Calcutta medical institutions reports 1871-78
Year: 1871
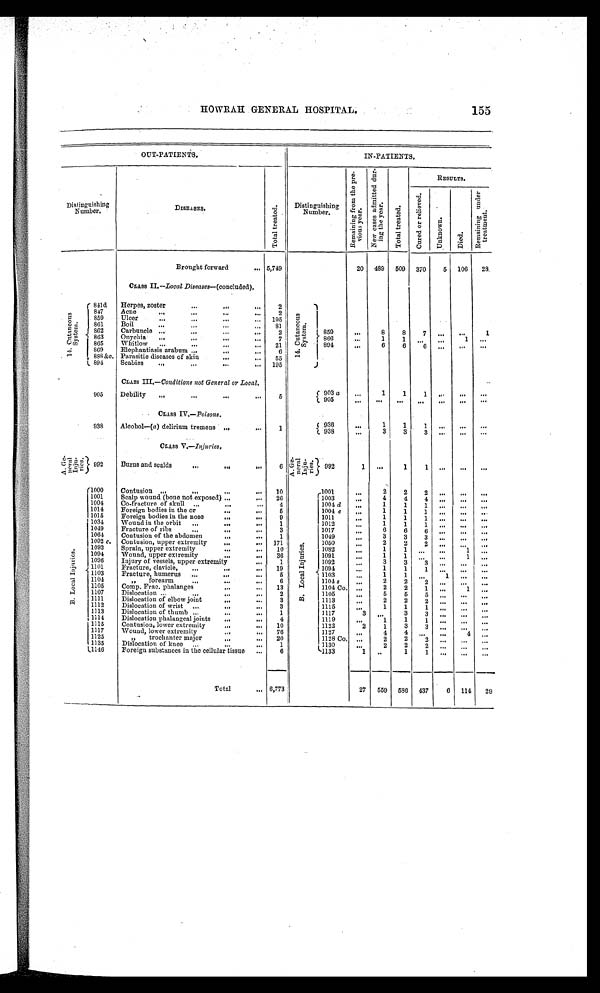
HOWRAH GENERAL HOSPITAL.
155
OUT-PATIENTS.
IN-PATIENTS.
Distinguishing
Number.
DISEASES.
T o t a l t r e a t e d .
Distinguishing
Number.
R e m a i n i n g f r o m t h e p r e -
vi ous year .
N e w c a s e s a d m i t t e d d u r -
i n g t h e y e a r . T o t a l t r e a t e d .
RESULTS.
C u r e d o r r e l i e v e d .
Un k n o wn .
Di ed.
R e m a i n i n g u n d e r
t r e a t me nt .
Brought forward
5,749
20 489 509 370
5 106
28
Crass II.—Local Diseases—(concluded).
1 4 . Cu t a n e o u s
Syst em.
841d
Herpes, zoster
2
1 4 . C u t a n e o u s
Sys t e m.
859
...
8
8
7 ...
...
1
847
Acne
2
859
Ulcer
195
861
Boil
81
862
Carbuncle
2
863
Onychia
7
866
...
1
1 ...
...
1
. . .
865
Whitlow
21
894
...
6
6
6
...
. . .
. . .
869
Elephantiasis arabum
6
888 &c. Parasitic diseases of skin
55
894
Scabies
195
CLASS III.— Conditions not General or Local.
905
Debility
5
903 a
...
1
1
1 ...
. . .
. . .
905
...
. . .
. . .
. . .
...
. . .
. . .
CLASS IV.— Poisons.
938
Alcohol-(a) delirium tremens
1
936
...
1
1 1
...
. . .
. . .
938
...
3
3 3
...
. . .
. . .
CLASS V.—Injuries.
A.Ge- neral Inju- ries.
992
Burns and scalds
6
A.Ge- neral Inju- ries.
992
1 ...
1
1 ...
. . .
. . .
B . L o c a l I n j u r i e s .
1000
Contusion
10
B . L o c a l I n j u r i e s .
1001
...
2
2
2 ...
...
. . .
1001
Scalp wound (bone not exposed)
26
1003
...
4
4
4 ...
. . .
. . .
1004
Co-fracture of skull
4
1004 d
...
1
1
1 ...
. . .
. . .
1014
Foreign bodies in the or
5
1004 e
...
1
1
1
...
...
. . .
1015
Foreign bodies in the nose
9
1011
...
1
1
1 ...
. . .
. . .
1034
Wound in the orbit
1
1012
...
1
1
1 ...
. . .
. . .
1049
Fracture of ribs
3
1017
...
6
6
6 ...
...
...
1064
Contusion of the abdomen
1
1049
...
3
3
3 ...
...
. . .
1092 c. Contusion, upper extremity
171
1050
...
2
2
2 ...
. . .
. . .
1093
Sprain, upper extremity
10
1082
...
1
1 ...
...
1
. . .
1094
Wound, upper extremity
36
1091
...
1
1
. . .
...
1
. . .
1096
Injury of vessels, upper extremity
1
1092
...
3
3
3 ...
. . .
. . .
1101
Fracture, clavicle,
19
1094
...
1
1
1 ...
. . .
. . .
1103
Fracture, humerus
5
1103
...
1
1
. . . 1
. . .
. . .
1104
, , f o r e a r m
6
1104 s
...
2
2
2 ...
...
...
1105
Comp. Frac. phalanges
13
1104 Co ...
2
2
1 ...
1
...
1107
Dislocation
2
1105
...
5
5
5 ...
. . .
. . .
1111
Dislocation of elbow joint
3
1113
...
2
2
2 ...
. . .
. . .
1112
Dislocation of wrist
3
1115
...
1
1
1 ...
. . . . . .
1113
Dislocation of thumb
1
1117
3
. . .
3
3 ...
. . .
. . .
1114
Dislocation phalaugeal joints
4
1119
...
1
1
1 ...
. . .
. . .
1115
Contusion, lower extremity
10
1122
2
1
3
3 ...
. . .
. . .
1117
Wound, lower extremity
76
1127
...
4
4 ...
...
4
. . .
1125
, , t r o c h a n t e r m a j o r
20
1128 Co. ...
2
2
2 ...
. . .
. . .
1135
Dislocation of knee
1
1130
...
2
2
2 ...
. . .
. . .
1146
Foreign substances in the cellular tissue
6
1133
1
. . .
1
1
...
. . .
. . .
Total
6,773
27 559 586 437
6 114
29